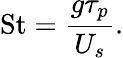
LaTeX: \mathrm{St}=\frac{g\tau_{p}}{U_{s}}.